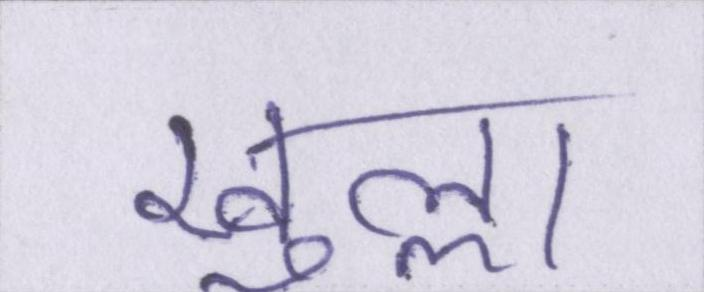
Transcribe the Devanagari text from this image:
खुल्ला